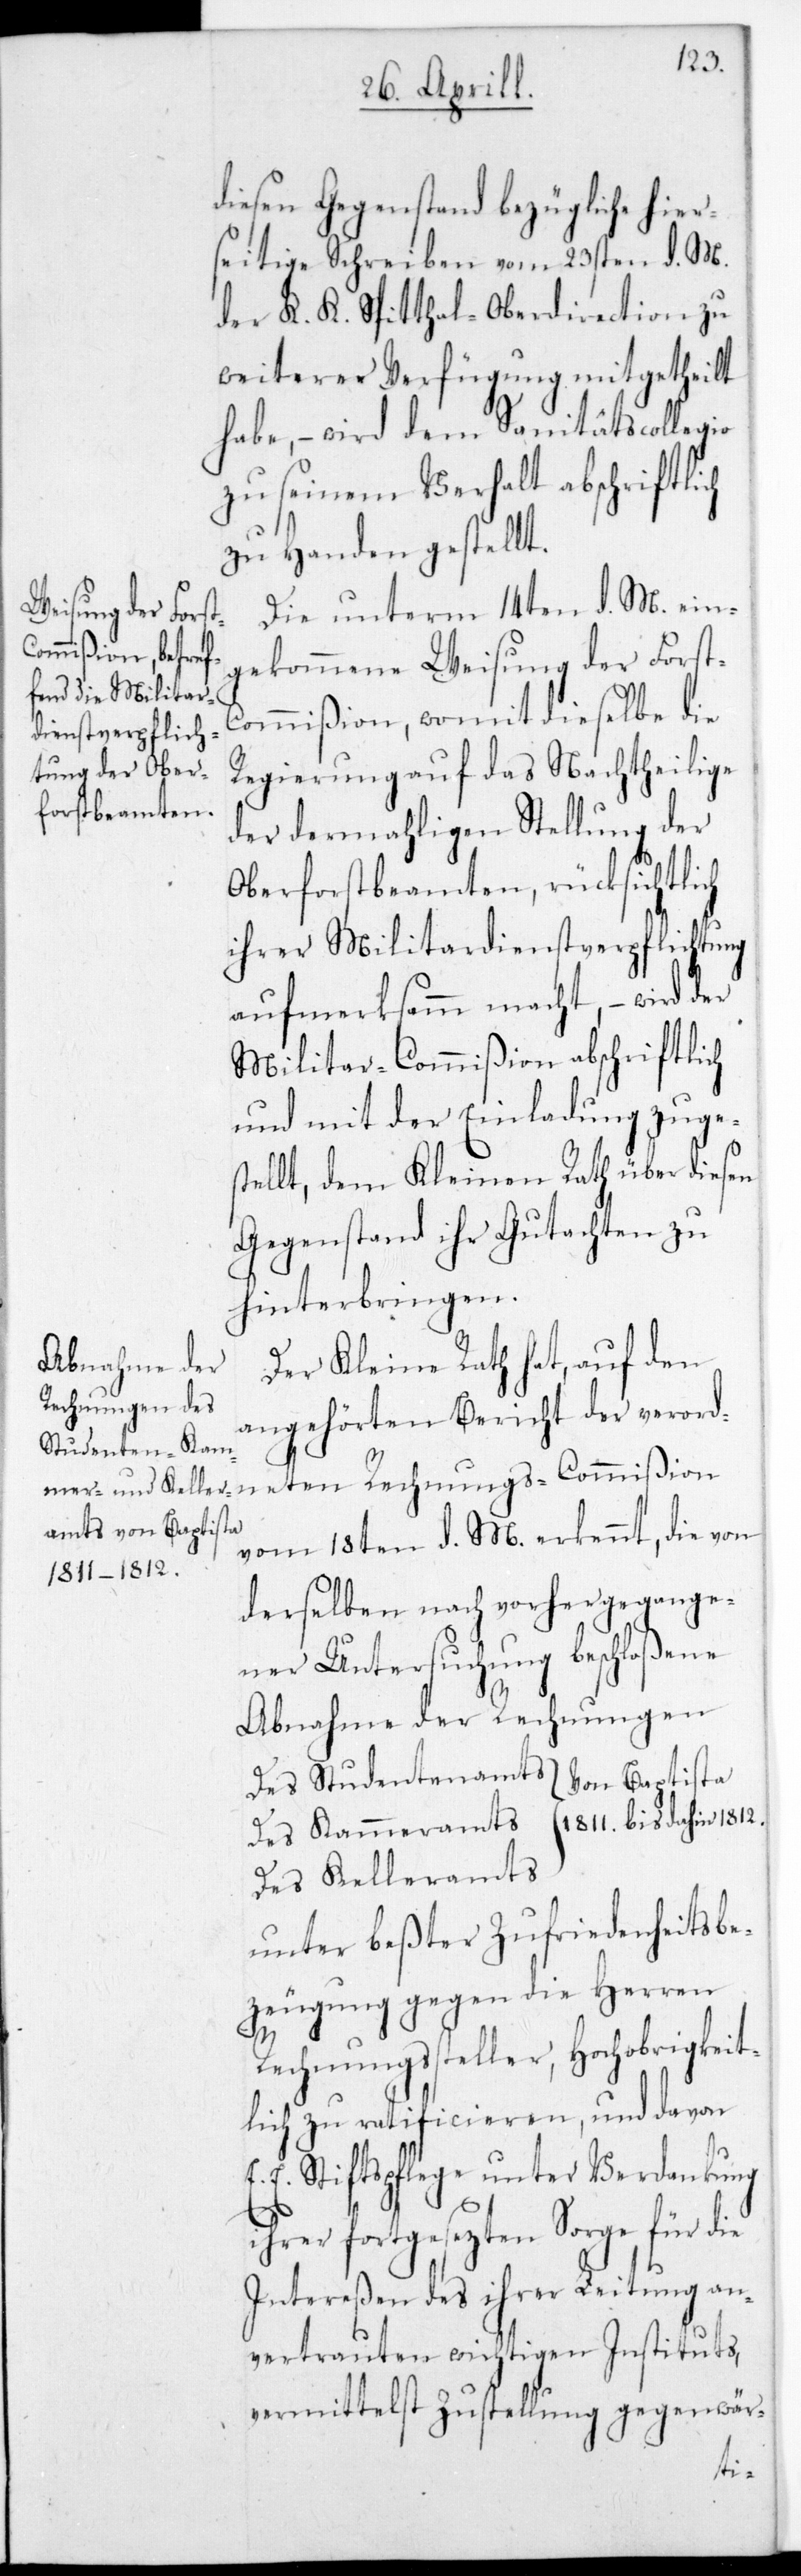
diesen Gegenstand bezügliche hier¬
seitige Schreiben vom 23sten d. M.
der K. K. Spitthal-Oberdirection zu
weiterer Verfügung mitgetheilt
habe, – wird dem Sanitäts-Collegio
zu seinem Verhalt abschriftli¬
zu Handen gestellt.
Die unterm 14ten d. M. ein¬
gekommene Weisung der Forst¬
commißion, womit dieselbe die
Regierung auf das Nachtheilige
der dermahligen Stellung der
Oberforstbeamten, rücksichtlich
ihrer Militardienstverpflichtung
aufmerksamm macht, – wird der
Militar-Commißion abschriftlich
und mit der Einladung zuge¬
stellt, dem Kleinen Rath über diesen
Gegenstand ihr Gutachten zu
hinterbringen.
Der Kleine Rath hat, auf den
angehörten Bericht der verord¬
neten Rechnungs-Commißion
vom 18ten d. M. erkennt, die von
derselben nach vorhergegange¬
ner Untersuchung beschloßene
Abnahme der Rechnungen
Des Studentenamts
on Baptista
1811. bis dahin 1812.
Des Kammeramts	V¬
Des Kelleramts
unter beßter Zufriedenheitsbe¬
zeugung gegen die Herren
Rechnungssteller, Hochobrigkeit¬
lich zu ratificieren, und davon
E. E. Stiftspflege unter Verdankung
ch
ihrer fortgesezten Sorge für die
Intereßen des ihrer Leitung an¬
vertrauten wichtigen Instituts,
vermittelst Zustellung gegenwär-